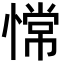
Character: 𫺺